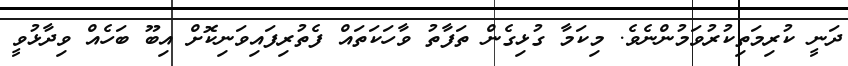
ދަނީ ކުރިމަތިކުރުވަމުންނެވެ. މިކަމާ ގުޅިގެން ތަފާތު ވާހަކަތައް ފެތުރިފައިވަނިކޮށް އިބޫ ބަހެއް ވިދާޅުވީ